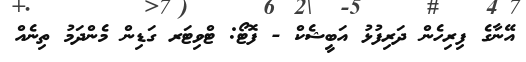
އޭނާގެ ފިރިހެން ދަރިފުޅު އަބީޝެކް - ފޮޓޯ: ޓްވިޓަރ ގަޑިން މެންދަމު ތިނެއް